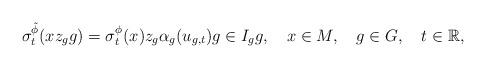
LaTeX: \begin{align*}\sigma^{\tilde{\phi}}_t(xz_gg)=\sigma^\phi_t(x)z_g\alpha_g(u_{g,t})g\in I_gg,\ \ \ x\in M,\ \ \ g\in G,\ \ \ t\in \mathbb{R},\end{align*}